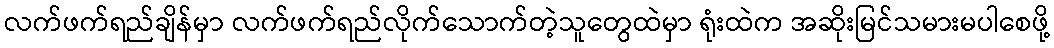
လက်ဖက်ရည်ချိန်မှာ လက်ဖက်ရည်လိုက်သောက်တဲ့သူတွေထဲမှာ ရုံးထဲက အဆိုးမြင်သမားမပါစေဖို့